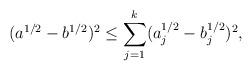
LaTeX: \begin{align*}(a^{1/2}-b^{1/2})^2 \leq \sum_{j=1}^k (a_j^{1/2} - b_j^{1/2})^2,\end{align*}